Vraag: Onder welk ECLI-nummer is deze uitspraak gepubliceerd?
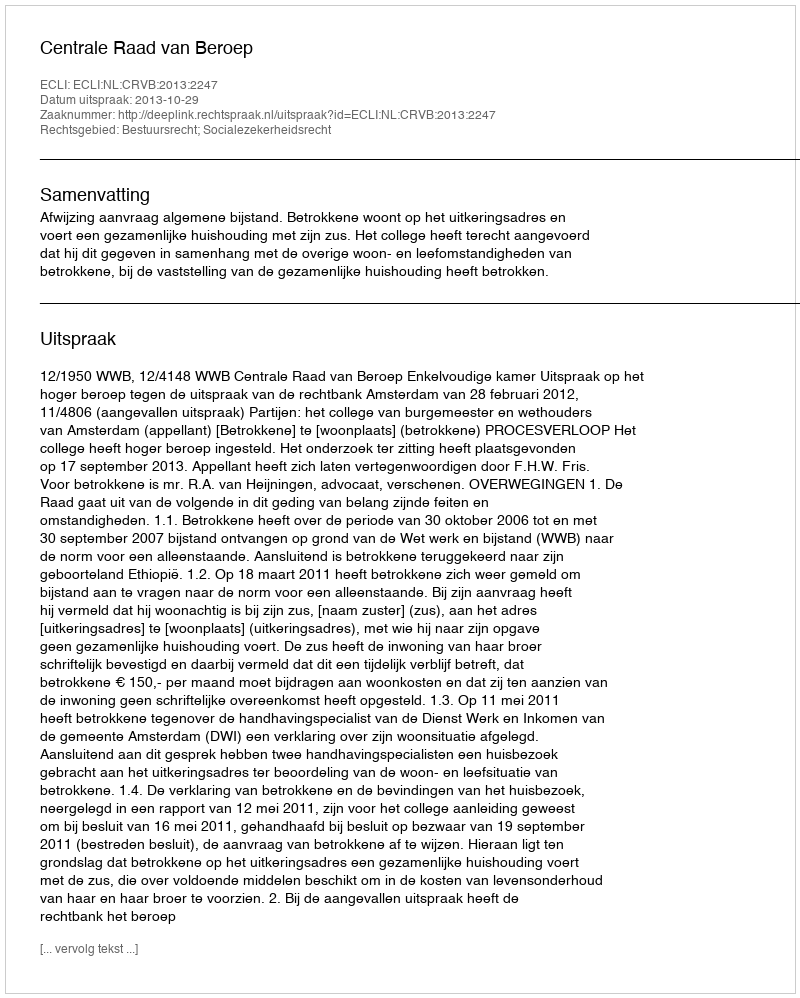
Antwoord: ECLI:NL:CRVB:2013:2247